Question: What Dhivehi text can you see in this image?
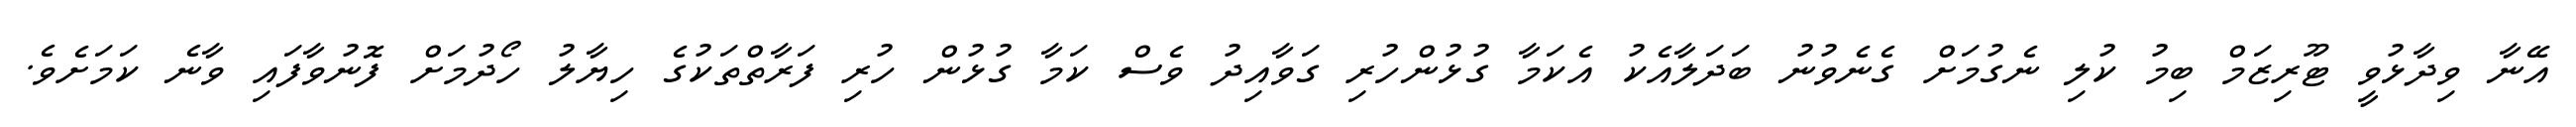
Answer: އޭނާ ވިދާޅުވީ ޓޫރިޒަމް ބިމު ކުލި ނެގުމަށް ގެނެވުނު ބަދަލާއެކު އެކަމާ ގުޅުންހުރި ގަވާއިދު ވެސް ކަމާ ގުޅުން ހުރި ފަރާތްތަކުގެ ހިޔާލު ހޯދުމަށް ފޮނުވާފައި ވާނެ ކަމަށެވެ.